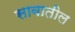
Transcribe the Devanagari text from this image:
सावातील